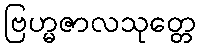
ဗြဟ္မဇာလသုတ္တေ